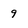
Character: 9